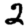
Digit: 2